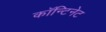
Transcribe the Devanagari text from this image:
काॅन्टिनेट